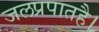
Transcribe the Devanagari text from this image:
जलप्रपातहै।